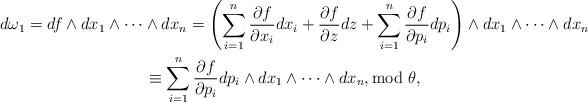
LaTeX: \begin{gather*}d\omega_1 =df\wedge dx_1\wedge \cdots \wedge dx_n=\left(\sum_{i=1}^n\frac{\partial f}{\partial x_i}dx_i+\frac{\partial f}{\partial z}dz+\sum_{i=1}^n\frac{\partial f}{\partial p_i}dp_i\right)\wedge dx_1\wedge \cdots \wedge dx_n \\\hphantom{d\omega_1}{} \equiv \sum_{i=1}^n\frac{\partial f}{\partial p_i} dp_i\wedge dx_1\wedge \cdots\wedge dx_n, \rm{mod}\ \theta,\end{gather*}